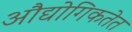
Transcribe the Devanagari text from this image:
औद्योगिकतेत